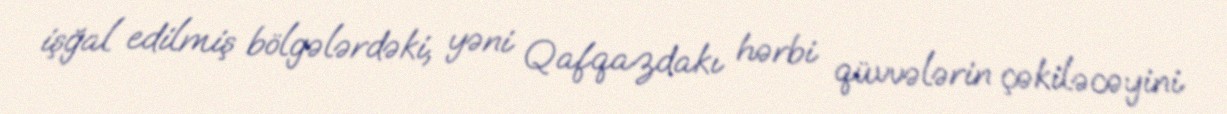
işğal edilmiş bölgələrdəki, yəni Qafqazdakı hərbi qüvvələrin çəkiləcəyini